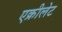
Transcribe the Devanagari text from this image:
एक्रीलेट